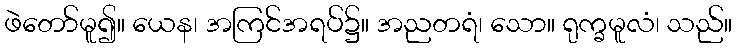
ဖဲတော်မူ၍။ ယေန၊ အကြင်အရပ်၌။ အညတရံ၊ သော။ ရုက္ခမူလံ၊ သည်။